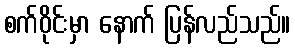
စက်ဝိုင်းမှာ နောက် ပြန်လည်သည်။